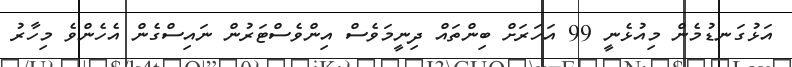
އަޅުގަނޑުމެން މިއުޅެނީ 99 އަހަރަށް ބިންތައް ދިނީމަވެސް އިންވެސްޓަރުން ނައިސްގެން އެހެންވެ މިހާރު